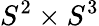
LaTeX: S^{2}\times S^{3}